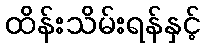
ထိန်းသိမ်းရန်နှင့်